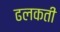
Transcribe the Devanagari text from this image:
ढलकती